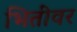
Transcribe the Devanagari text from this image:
भितींवर